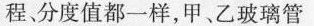
程分度值都一样，甲、乙玻璃管